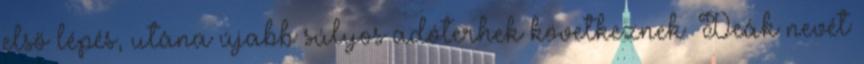
első lépés, utána újabb súlyos adóterhek következnek. Deák nevét